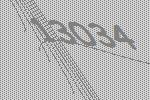
13034